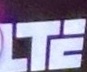
LTE